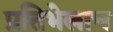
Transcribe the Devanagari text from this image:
प्रतिभेलाच